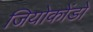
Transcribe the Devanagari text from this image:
जियोकोंडो